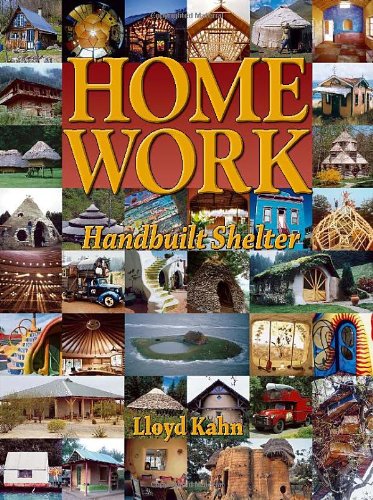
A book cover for Home Work: Handbuilt Shelter; Lloyd Kahn; Crafts, Hobbies & Home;